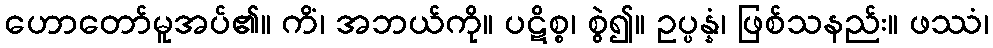
ဟောတော်မူအပ်၏။ ကိံ၊ အဘယ်ကို။ ပဋိစ္စ၊ စွဲ၍။ ဥပ္ပန္နံ၊ ဖြစ်သနည်း။ ဖဿံ၊